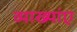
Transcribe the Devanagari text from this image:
व्याख्यांए